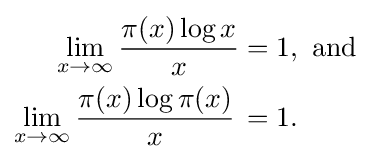
{\begin{aligned}\lim _{x\rightarrow \infty }{\frac {\pi (x)\log x}{x}}&=1,{\text{ and}}\\\lim _{x\rightarrow \infty }{\frac {\pi (x)\log \pi (x)}{x}}\,&=1.\end{aligned}}